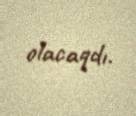
olacaqdı.